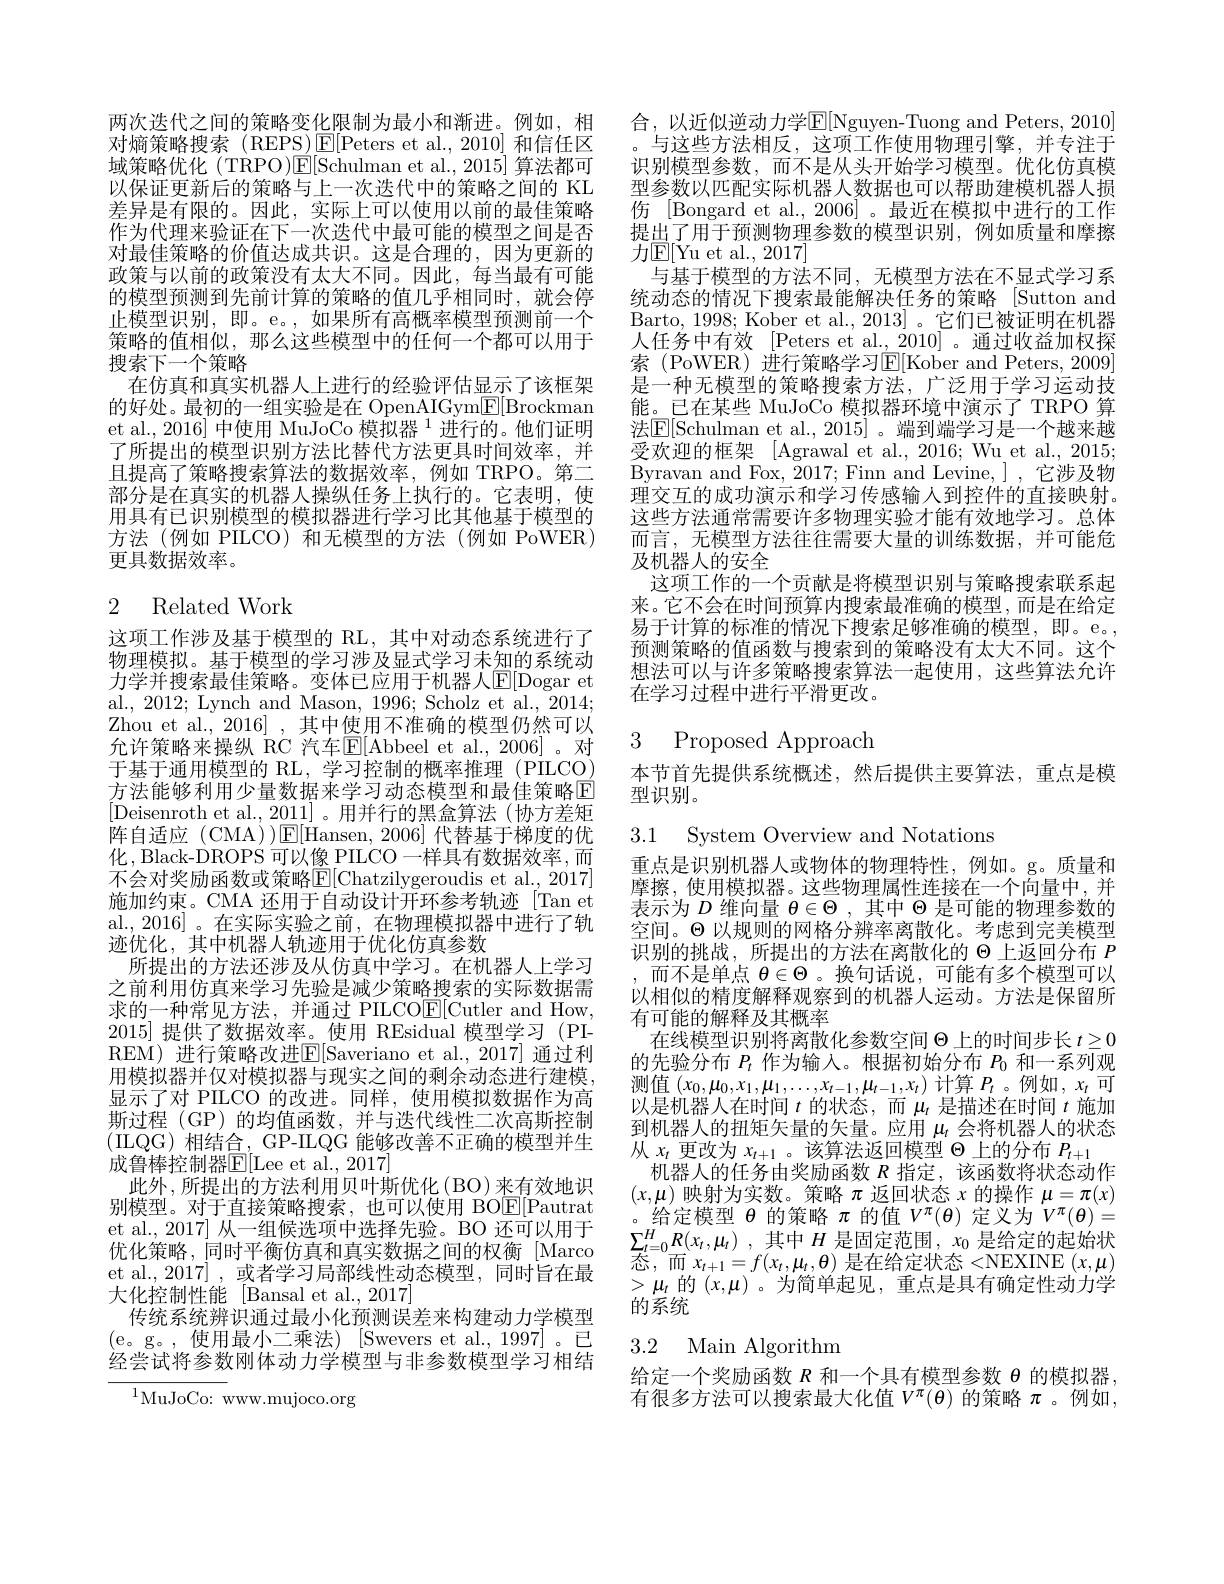
两次迭代之间的策略变化限制为最小和渐进。例如，相对熵策略搜索(REPS)$\operatorname{E}[$Peters et al.,2010] 和信任区域策略优化 (TRPO)E[Schulman et al., 2015] 算法都可以保证更新后的策略与上一次迭代中的策略之间的 KL 差异是有限的。因此，实际上可以使用以前的最佳策略作为代理来验证在下一次迭代中最可能的模型之间是否对最佳策略的价值达成共识。这是合理的，因为更新的政策与以前的政策没有太大不同。因此，每当最有可能的模型预测到先前计算的策略的值几乎相同时，就会停止模型识别，即。e。,如果所有高概率模型预测前一个策略的值相似，那么这些模型中的任何一个都可以用于搜索下一个策略
在仿真和真实机器人上进行的经验评估显示了该框架的好处。最初的一组实验是在 OpenAIGym$\underline{\mathbb{E}}[$Brockman et al., 2016] 中使用 MuJoCo 模拟器$^{1}$进行的。他们证明了所提出的模型识别方法比替代方法更具时间效率，并且提高了策略搜索算法的数据效率，例如 TRPO。第二部分是在真实的机器人操纵任务上执行的。它表明，使用具有已识别模型的模拟器进行学习比其他基于模型的方法(例如 PILCO)和无模型的方法(例如 PoWER) 更具数据效率。

# 2 Related Work

这项工作涉及基于模型的 RL, 其中对动态系统进行了物理模拟。基于模型的学习涉及显式学习未知的系统动力学并搜索最佳策略。变体已应用于机器人$\mathbb{E}[$Dogar et al., 2012; Lynch and Mason, 1996; Scholz et al., 2014; Zhou et al., 2016] , 其中使用不准确的模型仍然可以允许策略来操纵 RC 汽车E$[ Abbeel et al. , 2006]$。对于基于通用模型的 RL, 学习控制的概率推理 (PILCO) 方法能够利用少量数据来学习动态模型和最佳策略区[Deisenroth et al., 2011]。用并行的黑盒算法(协方差矩阵自适应 (CMA) $)\mathbb{E}[$Hansen, 2006] 代替基于梯度的优化，Black-DROPS 可以像 PILCO 一样具有数据效率，而不会对奖励函数或策略E[Chatzilygeroudis et al., 2017] 施加约束。CMA 还用于自动设计开环参考轨迹[Tan et al.,2016]。在实际实验之前，在物理模拟器中进行了轨迹优化，其中机器人轨迹用于优化仿真参数
所提出的方法还涉及从仿真中学习。在机器人上学习之前利用仿真来学习先验是减少策略搜索的实际数据需求的一种常见方法，并通过 PILCO$\underline{\mathrm{E}}[$Cutler and How, 2015]提供了数据效率。使用 REsidual 模型学习 (PIREM) 进行策略改进E[Saveriano et al.,2017] 通过利用模拟器并仅对模拟器与现实之间的剩余动态进行建模， 显示了对 PILCO 的改进。同样，使用模拟数据作为高斯过程 (GP) 的均值函数，并与迭代线性二次高斯控制(IILQG)相结合，GP-ILQG 能够改善不正确的模型并生成鲁棒控制器$\mathbb{E}[$Lee et al., 2017]
此外，所提出的方法利用贝叶斯优化(BO)来有效地识别模型。对于直接策略搜索，也可以使用 BO$\underline{\mathrm{E}}[$Pautrat et al., 2017] 从一组候选项中选择先验。BO 还可以用于优化策略，同时平衡仿真和真实数据之间的权衡[Marco et al.,2017],或者学习局部线性动态模型，同时旨在最大化控制性能 [Bansal et al., 2017]
传统系统辨识通过最小化预测误差来构建动力学模型(e。g。,使用最小二乘法)[Swevers et al.,1997]。已经尝试将参数刚体动力学模型与非参数模型学习相结
$^{1}$MuJoCo: www.mujoco.org

合，以近似逆动力学$\mathbb{E}[$Nguyen-Tuong and Peters,2010] 。与这些方法相反，这项工作使用物理引擎，并专注于识别模型参数，而不是从头开始学习模型。优化仿真模型参数以匹配实际机器人数据也可以帮助建模机器人损伤 Bongard et al., 2006]。最近在模拟中进行的工作提出了用于预测物理参数的模型识别，例如质量和摩擦力$\mathbb{E}[$Yu et al., 2017]
与基于模型的方法不同，无模型方法在不显式学习系统动态的情况下搜索最能解决任务的策略[Sutton and Barto, 1998; Kober et al., 2013]。它们已被证明在机器人任务中有效 [Peters et al.,2010] 。通过收益加权探索 (PoWER) 进行策略学习E[Kober and Peters,2009] 是一种无模型的策略搜索方法，广泛用于学习运动技能\_已在某些 MuJoCo 模拟器环境中演示了 TRPO 算法$\mathbb{E}[$Schulman et al., 2015] 。端到端学习是一个越来越受欢迎的框架 [Agrawal et al., 2016; Wu et al., 2015; Byravan and Fox, 2017; Finn and Levine, ] , 它涉及物理交互的成功演示和学习传感输人到控件的直接映射。这些方法通常需要许多物理实验才能有效地学习。总体而言，无模型方法往往需要大量的训练数据，并可能危及机器人的安全
这项工作的一个贡献是将模型识别与策略搜索联系起来。它不会在时间预算内搜索最准确的模型，而是在给定易于计算的标准的情况下搜索足够准确的模型，即。e。, 预测策略的值函数与搜索到的策略没有太大不同。这个想法可以与许多策略搜索算法一起使用，这些算法允许在学习过程中进行平滑更改。

3 Proposed Approach

本节首先提供系统概述，然后提供主要算法，重点是模
型识别。

3.1 System Overview and Notations

以相似的精度解释观察到的机器人运动。方法是保留所
## 有可能的解释及其概率
在线模型识别将离散化参数空间$\Theta$上的时间步长$t\geq0$

重点是识别机器人或物体的物理特性，例如。g。质量和摩擦，使用模拟器。这些物理属性连接在一个向量中，并表示为$D$维向量$\theta\in\Theta$ ,其中$\Theta$是可能的物理参数的空间。$\Theta$以规则的网格分辨率离散化。考虑到完美模型识别的挑战，所提出的方法在离散化的$\Theta$上返回分布$P$ ,而不是单点$\theta\in\Theta$ 。换句话说，可能有多个模型可以的先验分布$P_t$作为输入。根据初始分布$P_0$和一系列观测值$(x_0,\mu_0,x_1,\mu_1,\ldots,x_{t-1},\mu_{t-1},x_t)$计算$P_t$ 。例如$,x_t$可以是机器人在时间$t$的状态，而$\mu_t$是描述在时间$t$施加到机器人的扭矩矢量的矢量。应用$\mu_t$会将机器人的状态从$x_t$更改为$x_t+1$ 。该算法返回模型$\Theta$上的分布$P_t+1$
机器人的任务由奖励函数$R$指定，该函数将状态动作$(x,\mu)$映射为实数。策略$\pi$返回状态$x$的操作$\mu=\pi(x)$ 。给 定 模 型 $\theta$ 的 策 略 $\pi$ 的 值 $V^{\pi }( \theta )$ 定 义 为 $V^{\pi }( \theta ) =$ $\sum _{t= 0}^{H}R( x_{t}, \mu _{t})$ , 其 中 $H$ 是 固 定 范 围 $, x_{0}$ 是 给 定 的 起 始 状$\overline{\text{态，而 }x_{t+1}=f(x_{t},\mu_{t},\theta)}$是在给定状态 <NEXINE $(x,\mu)$ $>\mu_{t}$的$(x,\mu)$ 。为简单起见，重点是具有确定性动力学的系统

## 3.2 Main Algorithm

给定一个奖励函数$R$和一个具有模型参数$\theta$的模拟器， 有很多方法可以搜索最大化值$V^\pi(\theta)$的策略$\pi$ 。例如，